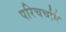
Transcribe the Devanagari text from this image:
परिचर्चाएँ